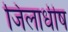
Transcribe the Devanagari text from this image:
जिलाधीष